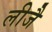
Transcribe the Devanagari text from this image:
लीजै